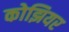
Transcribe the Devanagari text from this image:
कोझियर